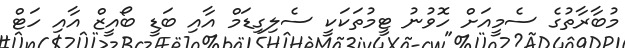
މުބާރާތުގެ ސެމީއަށް ހޮވުނު ޓީމުތަކަކީ ސެލިގިޑަމް އާއި ބަޑީ ބޯއީޒް އާއި ހަޓް